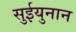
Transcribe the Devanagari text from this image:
सुईयुनान